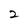
Character: 2